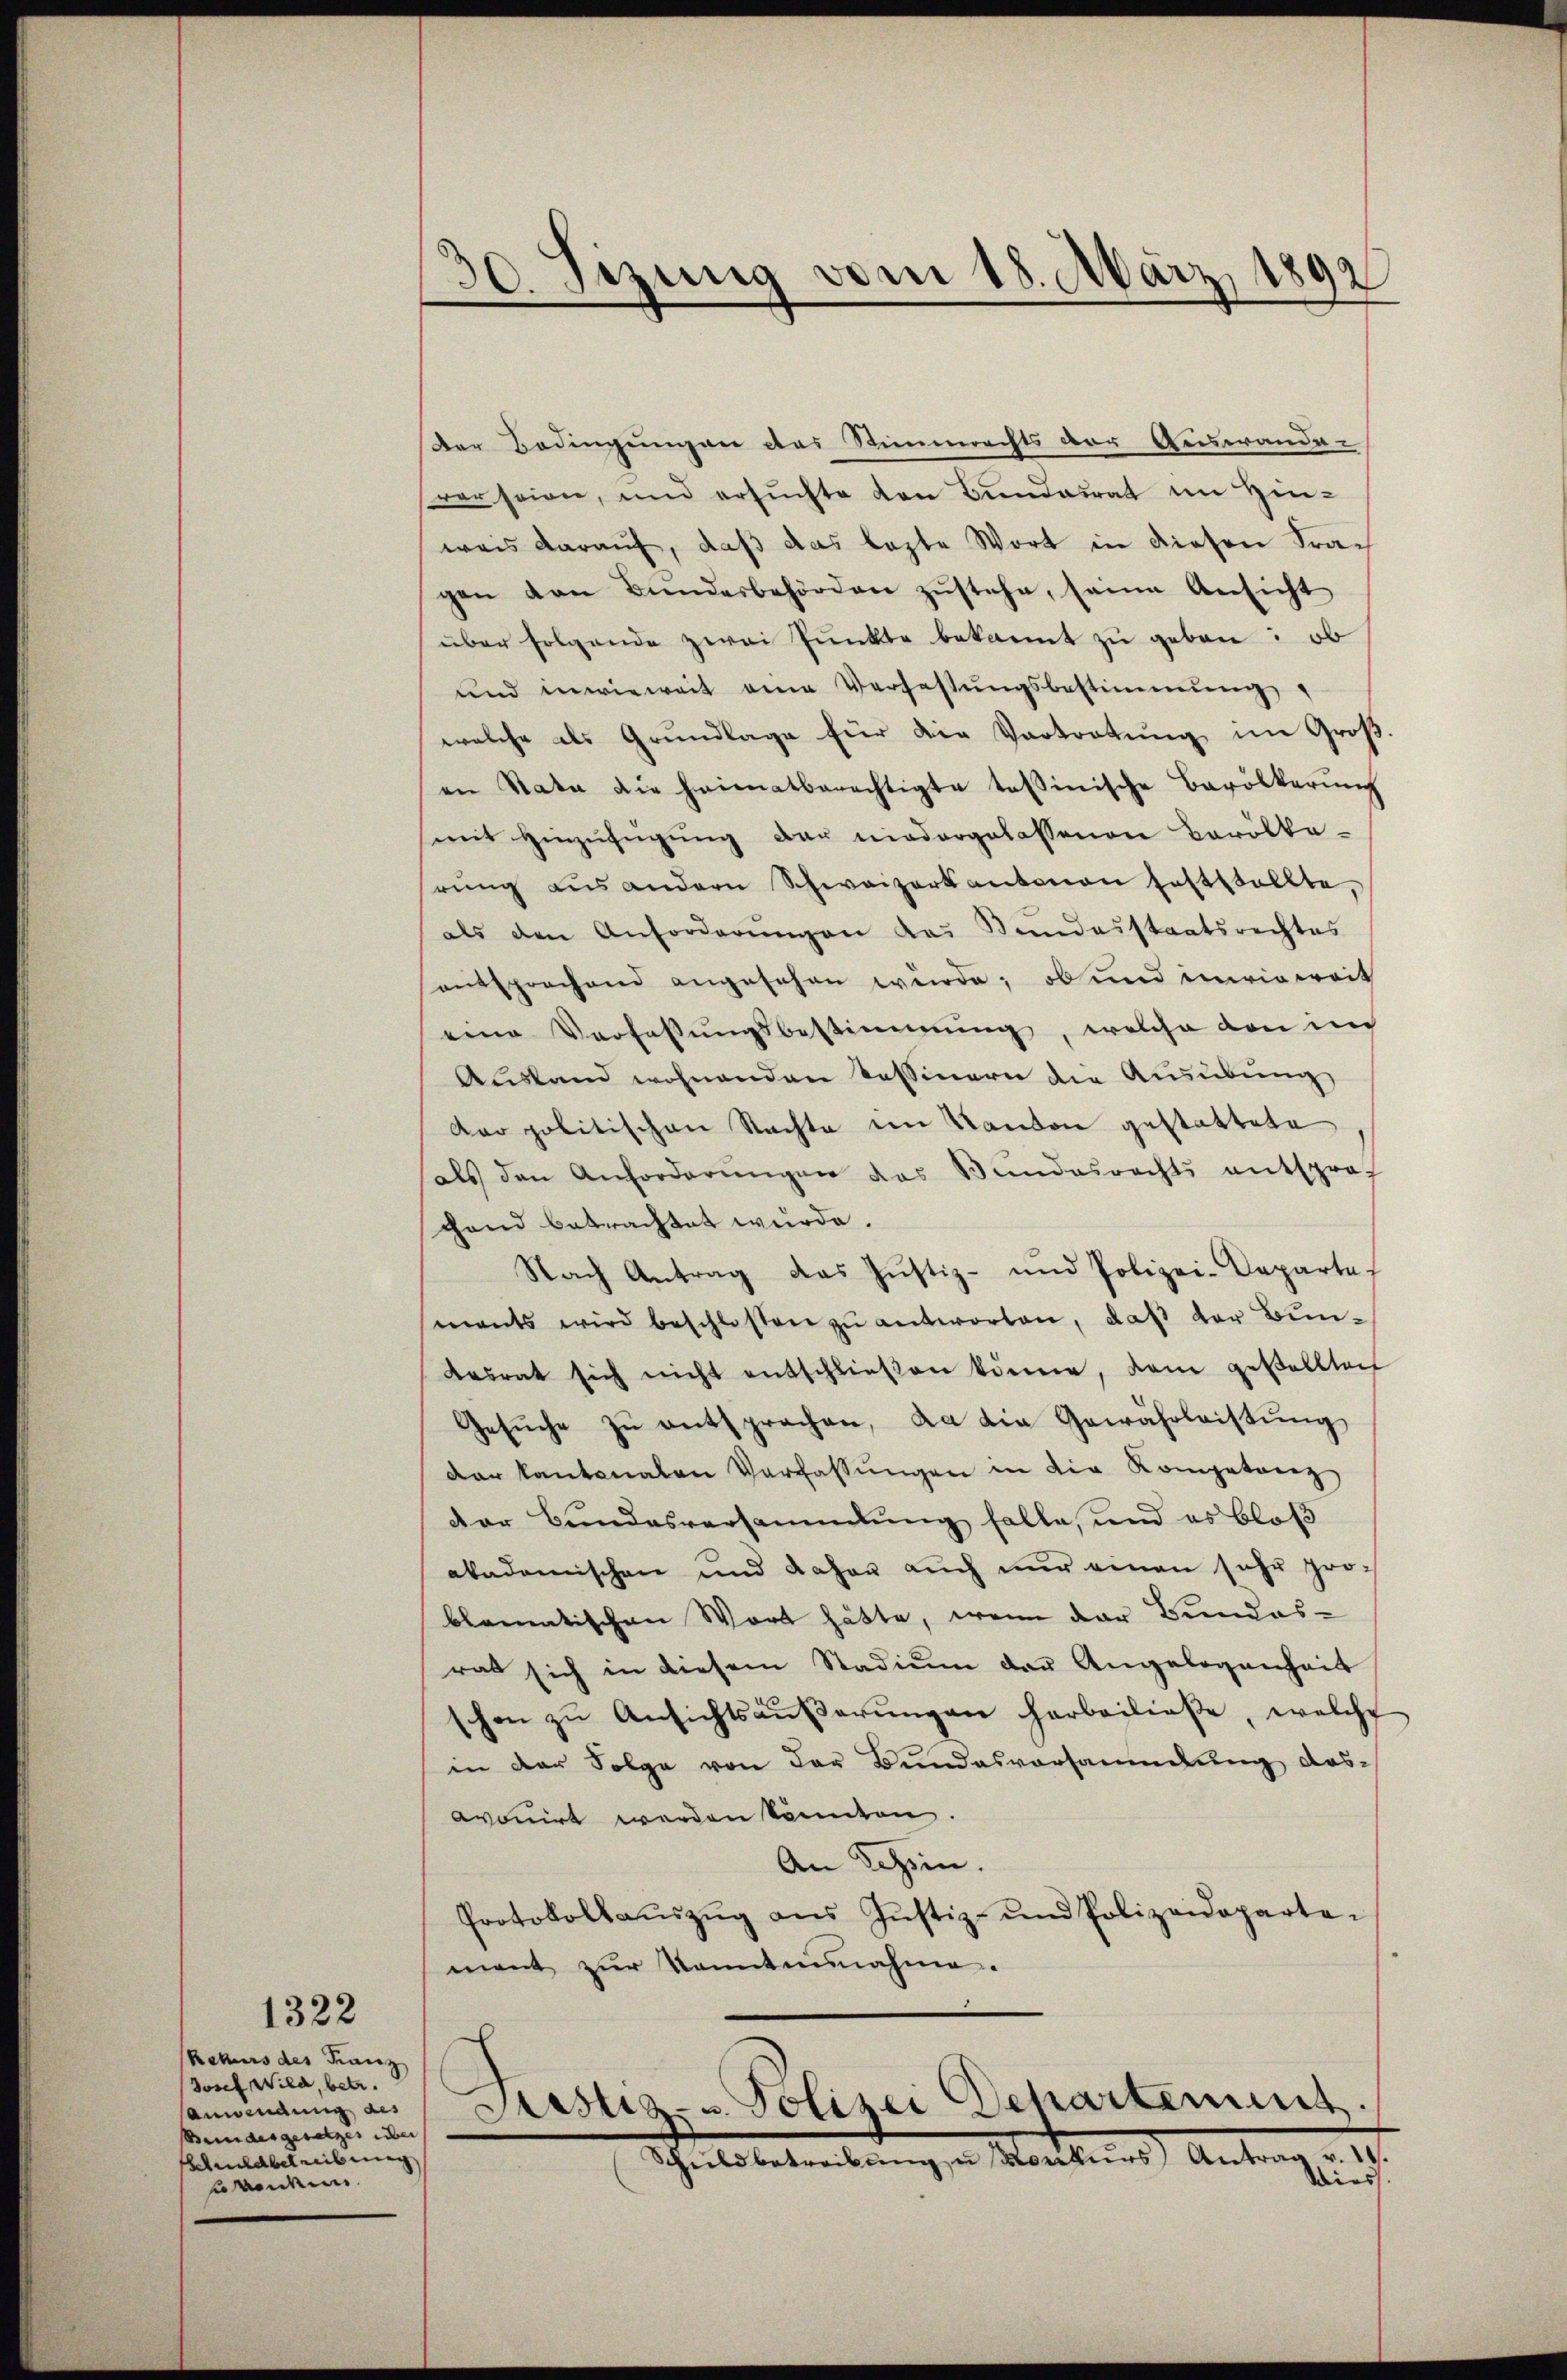
1322
Rekurs des Franz
Josef Wild, betr.
anwendung des
Bundesgesetzes über
Schuldbetreibung
banden

30. Sezung vom 18. März 1892

der Bedingungen das Stimmrechts der Auswande-
verseien, und ersŭchte von Bŭndesrat im Hin-
wass darauf, daß das lezte Wort in diesen Fragen von Bŭndesbehörden zŭstehe, seine Ansicht
über folgende zwei Punkte bekannt zu geben: ob
und inwieweit eine Verfassŭngsbestimmung
welche als Grundlage für die Vortretŭng im Groß-
en Rata die Heimatberechtigte tessinische Bevölkerŭng
mit Hinzufügung der niedergelassenen Barölka-
rŭng aŭs andern Schweizerkantonen feststellte,
als den Anforderŭngen das Sandesstaatsrechtes
entsprochend angesehen würde; ob und inwieweit
eine Verfassungsbestimmung, welche von in
Ausland wohnenden Tessinern die Ausübung
Aar politischen Nachte im Randon gestattete
als den Anforderŭngen des Bŭndesrechts entsproc
gand betrachtet wurde.
Nach Antrag das Justiz- und Polizei-Departe
mants wird beschlossen zŭ antworten, daβ der Bundesrat sich nicht entschlieβen könne, dem gestelltech
Gesŭche zu entsprechen, da die Gewährleistung
dar kantonalen Verfassŭngen in die Kompetenz
der Bundesversammlung falle, und es bloß
akademischen und daher auch nŭr einen sehr problematischen Wort hätte, wenn der Bundes-
rat sich in diesem Stadium der Angelegenheit
schen zŭ Ansichtsäŭβerŭngen herbeilieβe, welche
in der Folge von der Bundesvorsammlung des-
avonirt werden könnten.
An Schein.
Protokollaŭszŭg ans Justiz- und Polizeideparte-
mant zŭr Kenntnisnahme.

Justiz- u. Polizei Departement,
Scheils betrachtung zu Markenns Antrag v. 19.
Wies